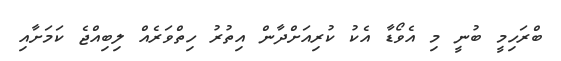
ބްރަހިމީ ބުނީ މި އެވޯޑާ އެކު ކުރިއަށްދާން އިތުރު ހިތްވަރެއް ލިބިއްޖެ ކަމަށާއި